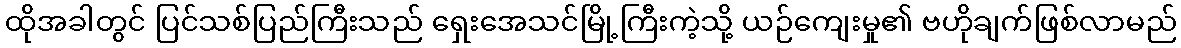
ထိုအခါတွင် ပြင်သစ်ပြည်ကြီးသည် ရှေးအေသင်မြို့ကြီးကဲ့သို့ ယဉ်ကျေးမှု၏ ဗဟိုချက်ဖြစ်လာမည်